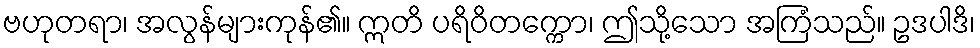
ဗဟုတရာ၊ အလွန်များကုန်၏။ ဣတိ ပရိဝိတက္ကော၊ ဤသို့သော အကြံသည်။ ဥဒပါဒိ၊